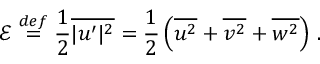
\mathcal { E } \ensuremath { \stackrel { \r { d e f } } { = } } \frac { 1 } { 2 } \overline { { | \boldsymbol u ^ { \prime } | ^ { 2 } } } = \frac { 1 } { 2 } \left( \overline { { u ^ { 2 } } } + \overline { { v ^ { 2 } } } + \overline { { w ^ { 2 } } } \right) \, .